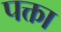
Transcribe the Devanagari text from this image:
पक्ता